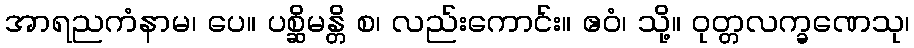
အာရညကံနာမ၊ ပေ။ ပစ္ဆိမန္တိ စ၊ လည်းကောင်း။ ဧဝံ၊ သို့။ ဝုတ္တလက္ခဏေသု၊